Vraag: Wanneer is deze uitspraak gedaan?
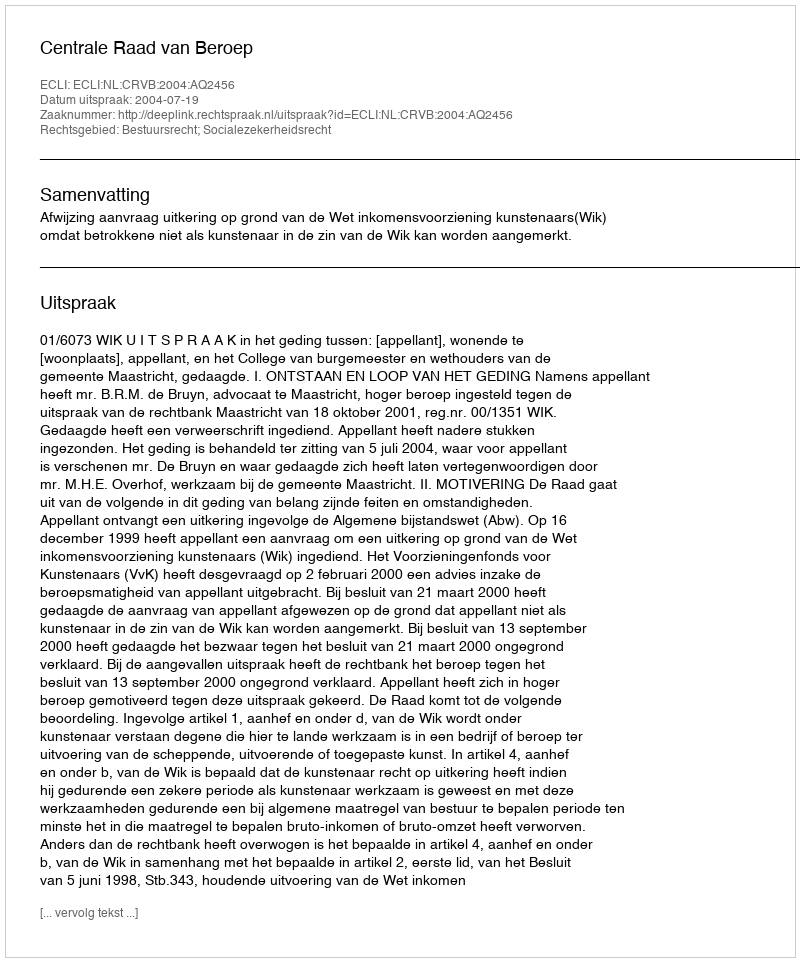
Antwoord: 2004-07-19